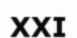
ХХІ